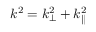
k ^ { 2 } = k _ { \perp } ^ { 2 } + k _ { \parallel } ^ { 2 }